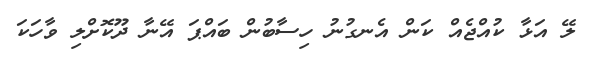
ލޭ އަޅާ ކުއްޖެއް ކަން އެނގުނު ހިސާބުން ބައްޕަ އޭނާ ދޫކޮށްލި ވާހަކަ